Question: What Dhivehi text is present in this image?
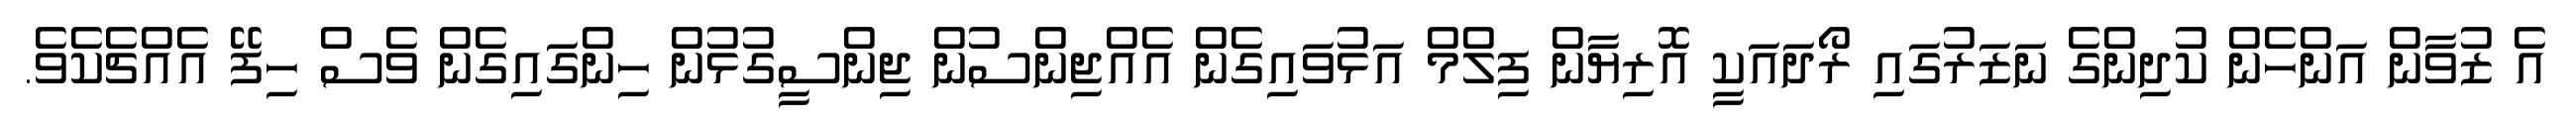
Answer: އެ ޒުވާން އަންހެން ކުދިންގެ ނަޒަރުގައި ރޯދައަކީ އޮރިޔާން ފިލްމް އަޅުވައިގެން އެއްޖިންސުން ޖިންސީގުޅުން ހިންގައިގެން ވެސް ހިފޭ އެއްޗެކެވެ.